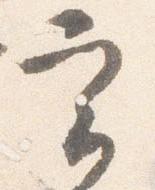
実